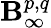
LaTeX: \mathbf{B}_{\infty}^{p,q}